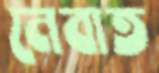
নেবাত